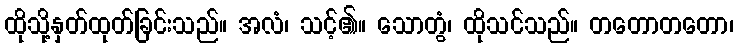
ထိုသို့နှတ်ထုတ်ခြင်းသည်။ အလံ၊ သင့်၏။ သောတွံ၊ ထိုသင်သည်။ တတောတတော၊